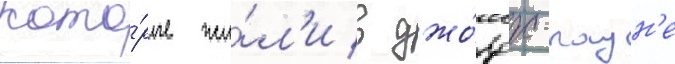
кото́рые жи́л'и в джо́рдж-таун'е